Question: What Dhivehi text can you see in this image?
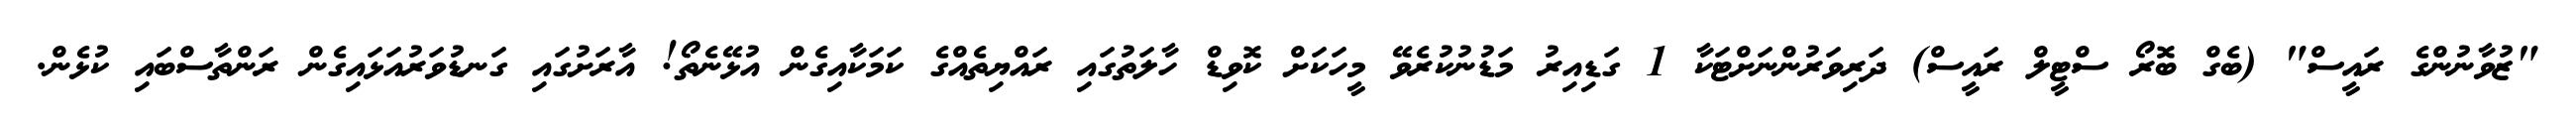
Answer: "ޒުވާނުންގެ ރައީސް" (ބެގް ބޮރޯ ސްޓީލް ރައީސް) ދަރިވަރުންނަށްޓަކާ 1 ގަޑިއިރު މަޑުނުކުރެވޭ މީހަކަށް ކޮވިޑް ހާލަތުގައި ރައްޔިތެއްގެ ކަމަކާއިގެން އުޅޭނެތޯ! އާރަށުގައި ގަނޑުވަރުއަޅައިގެން ރަންތާސްބައި ކުޅެން.